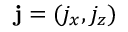
\mathbf { j } = ( j _ { x } , j _ { z } )